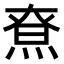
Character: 𤋯